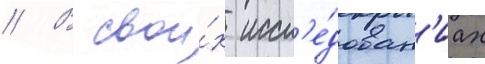
// В свои́х иссл'е́дован'иах